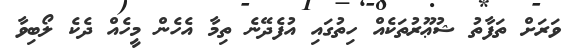
ވަރަށް ތަފާތު ޝުޢޫރުތަކެއް ހިތުގައި އުފެދޭނެ ތިމާ އެހެން މީހެއް ދެކެ ލޯބިވާ